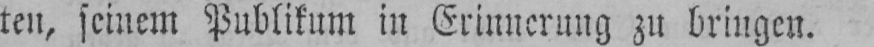
ten, seinem Publikum in Erinnerung zu bringen.